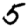
Digit: 5